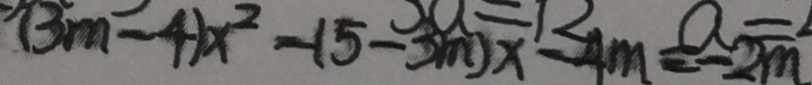
( 3 m - 4 ) x ^ { 2 } - ( 5 - 3 m ) x - 4 m = - 2 m